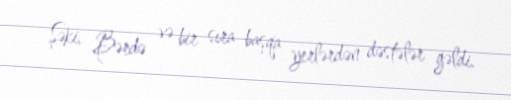
Şəki, Bərdə və bir sıra başqa yerlərdən dəstələr gəldi.